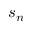
s _ { n }